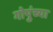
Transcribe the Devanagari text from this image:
गोपुंच्या